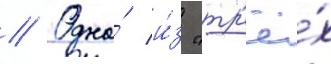
// Одна́ и́з "тр'ё́х